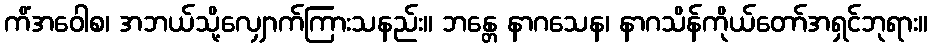
ကိံအဝေါစ၊ အဘယ်သို့လျှောက်ကြားသနည်း။ ဘန္တေ နာဂသေန၊ နာဂသိန်ကိုယ်တော်အရှင်ဘုရား။